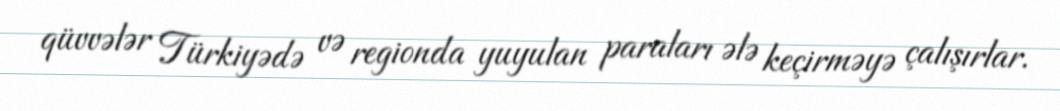
qüvvələr Türkiyədə və regionda yuyulan paraları ələ keçirməyə çalışırlar.